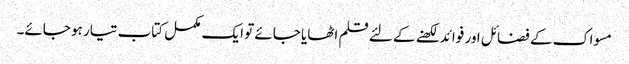
مسواک کے فضائل اور فوائد لکھنے کے لئے قلم اٹھایا جائے تو ایک مکمل کتاب تیار ہو جائے۔